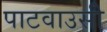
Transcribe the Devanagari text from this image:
पाटवाउसी